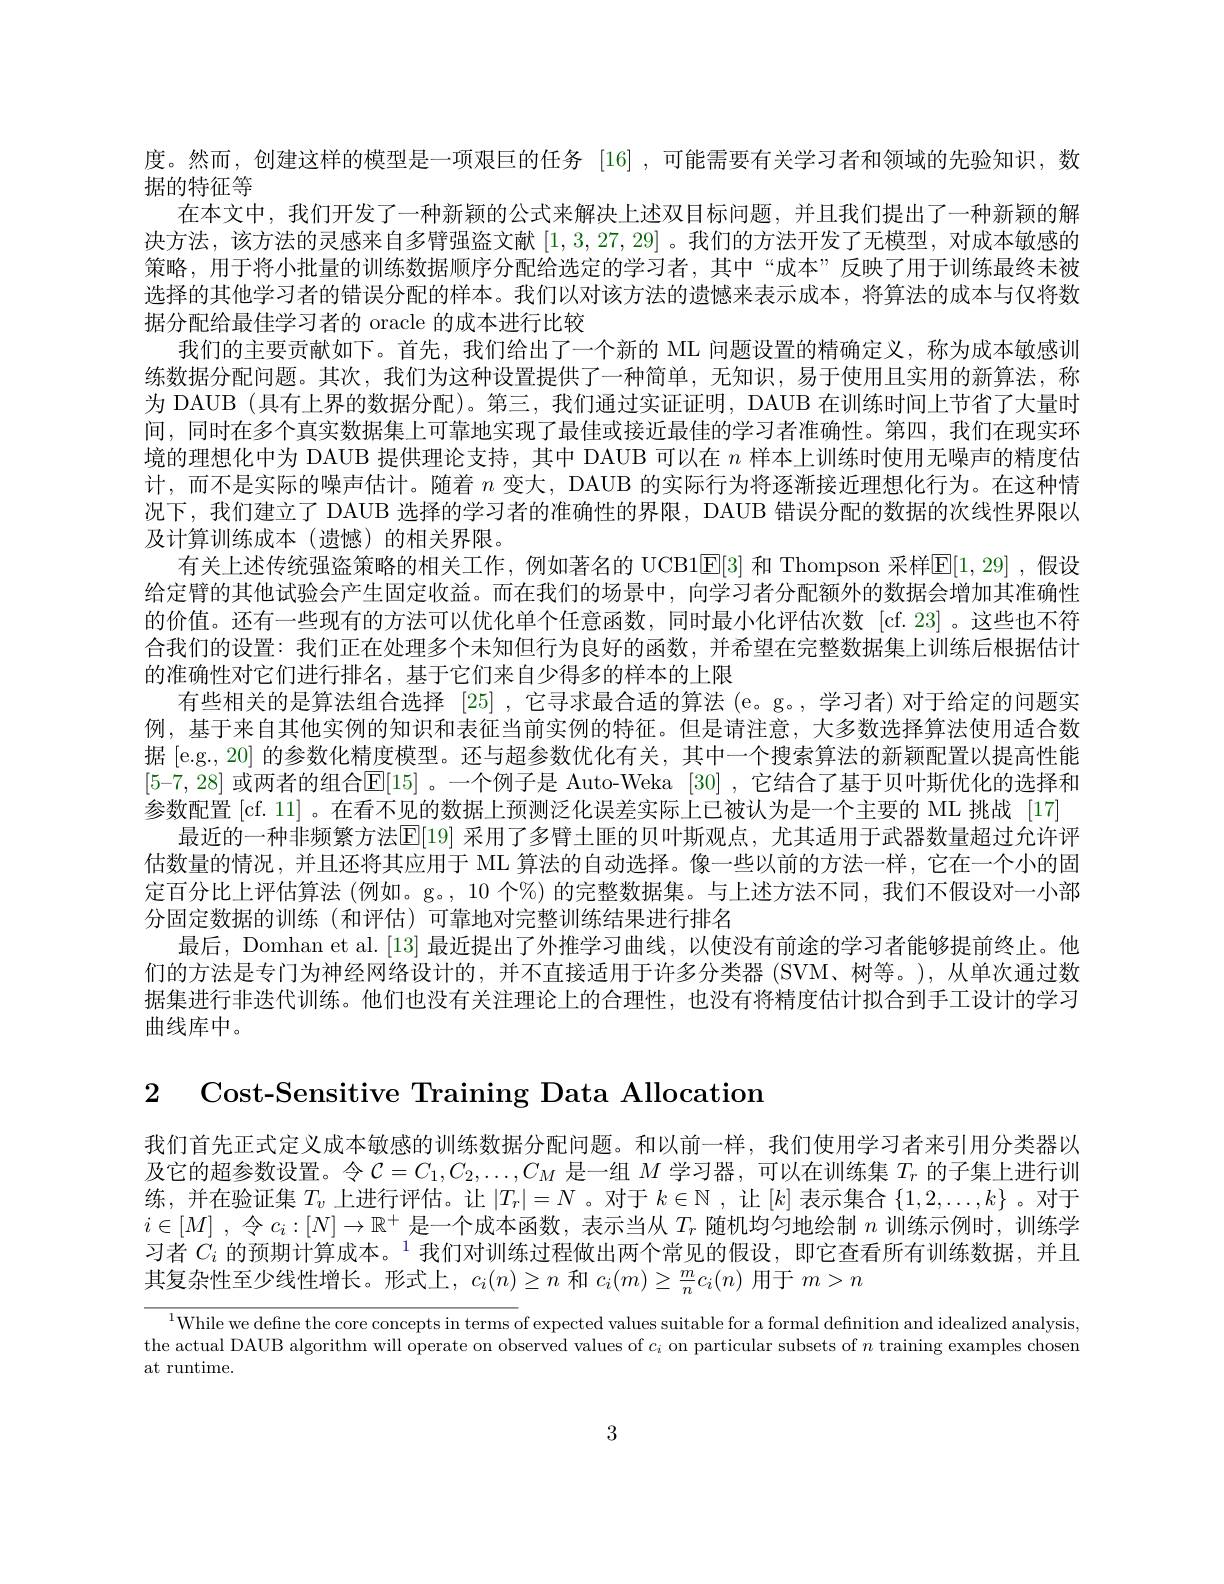
度。然而，创建这样的模型是一项艰巨的任务 [16] ,可能需要有关学习者和领域的先验知识，数
据的特征等
在本文中，我们开发了一种新颖的公式来解决上述双目标问题，并且我们提出了一种新颖的解决方法，该方法的灵感来自多臂强盗文献[1,3,27,29] 。我们的方法开发了无模型，对成本敏感的策略，用于将小批量的训练数据顺序分配给选定的学习者，其中“成本”反映了用于训练最终未被选择的其他学习者的错误分配的样本。我们以对该方法的遗憾来表示成本，将算法的成本与仅将数据分配给最佳学习者的 oracle 的成本进行比较
我们的主要贡献如下。首先，我们给出了一个新的 ML 问题设置的精确定义，称为成本敏感训练数据分配问题。其次，我们为这种设置提供了一种简单，无知识，易于使用且实用的新算法，称为 DAUB (具有上界的数据分配)。第三，我们通过实证证明，DAUB 在训练时间上节省了大量时间，同时在多个真实数据集上可靠地实现了最佳或接近最佳的学习者准确性。第四，我们在现实环境的理想化中为 DAUB 提供理论支持，其中 DAUB 可以在$n$样本上训练时使用无噪声的精度估计，而不是实际的噪声估计。随着$n$变大，DAUB 的实际行为将逐渐接近理想化行为。在这种情况下，我们建立了 DAUB 选择的学习者的准确性的界限，DAUB 错误分配的数据的次线性界限以及计算训练成本(遗憾)的相关界限。
有关上述传统强盗策略的相关工作，例如著名的 UCB1[E[3] 和 Thompson 采样E[1,29] ,假设给定臂的其他试验会产生固定收益。而在我们的场景中，向学习者分配额外的数据会增加其准确性的价值。还有一些现有的方法可以优化单个任意函数，同时最小化评估次数 [cf.23] 。这些也不符合我们的设置：我们正在处理多个未知但行为良好的函数，并希望在完整数据集上训练后根据估计的准确性对它们进行排名，基于它们来自少得多的样本的上限
有些相关的是算法组合选择[25] ,它寻求最合适的算法 (e。g。, 学习者) 对于给定的问题实例，基于来自其他实例的知识和表征当前实例的特征。但是请注意，大多数选择算法使用适合数据 [e.g., 20] 的参数化精度模型。还与超参数优化有关，其中一个搜索算法的新颖配置以提高性能[5-7,28]或两者的组合E[15] 。一个例子是 Auto-Weka [30] ,它结合了基于贝叶斯优化的选择和参数配置 [cf. 11] 。在看不见的数据上预测泛化误差实际上已被认为是一个主要的 ML 挑战 [17]
最近的一种非频繁方法$\mathbb{E}[19]$ 采用了多臂土匪的贝叶斯观点，尤其适用于武器数量超过允许评估数量的情况，并且还将其应用于 ML 算法的自动选择。像一些以前的方法一样，它在一个小的固定百分比上评估算法 (例如。g。, 10 个%) 的完整数据集。与上述方法不同，我们不假设对一小部分固定数据的训练(和评估)可靠地对完整训练结果进行排名
最后，Domhan et al. [13] 最近提出了外推学习曲线，以使没有前途的学习者能够提前终止。他们的方法是专门为神经网络设计的，并不直接适用于许多分类器 (SVM、树等。),从单次通过数据集进行非迭代训练。他们也没有关注理论上的合理性，也没有将精度估计拟合到手工设计的学习曲线库中。

2 Cost-Sensitive Training Data Allocation

我们首先正式定义成本敏感的训练数据分配问题。和以前一样，我们使用学习者来引用分类器以及它的超参数设置。令$C=C_1,C_2,\ldots,C_M$是一组$M$学习器，可以在训练集$T_r$的子集上进行训练，并在验证集$T_v$上进行评估。让$|T_r|=N$ 。对于$k\in\mathbb{N}$ ,让$[k]$表示集合$\{1,2,\ldots,k\}$ 。对于$i\in [ M]$ , $令$ $c_i: [ N] \rightarrow \mathbb{R} ^+$是一个成本函数，表示当从$T_r$随机均匀地绘制$n$训练示例时，训练学习者$C_i\text{ 的预期计算成本。}^{1}$我们对训练过程做出两个常见的假设，即它查看所有训练数据，并且其复杂性至少线性增长。形式上，$c_i(n)\geq n$和$c_i(m)\geq\frac mnc_i(n)$用于$m>n$

$^{1}$While we define the core concepts in terms of expected values suitable for a formal definition and idealized analysis, the actual DAUB algorithm will operate on observed values of $c_i$ on particular subsets of $n$ training examples chosen at runtime.

3